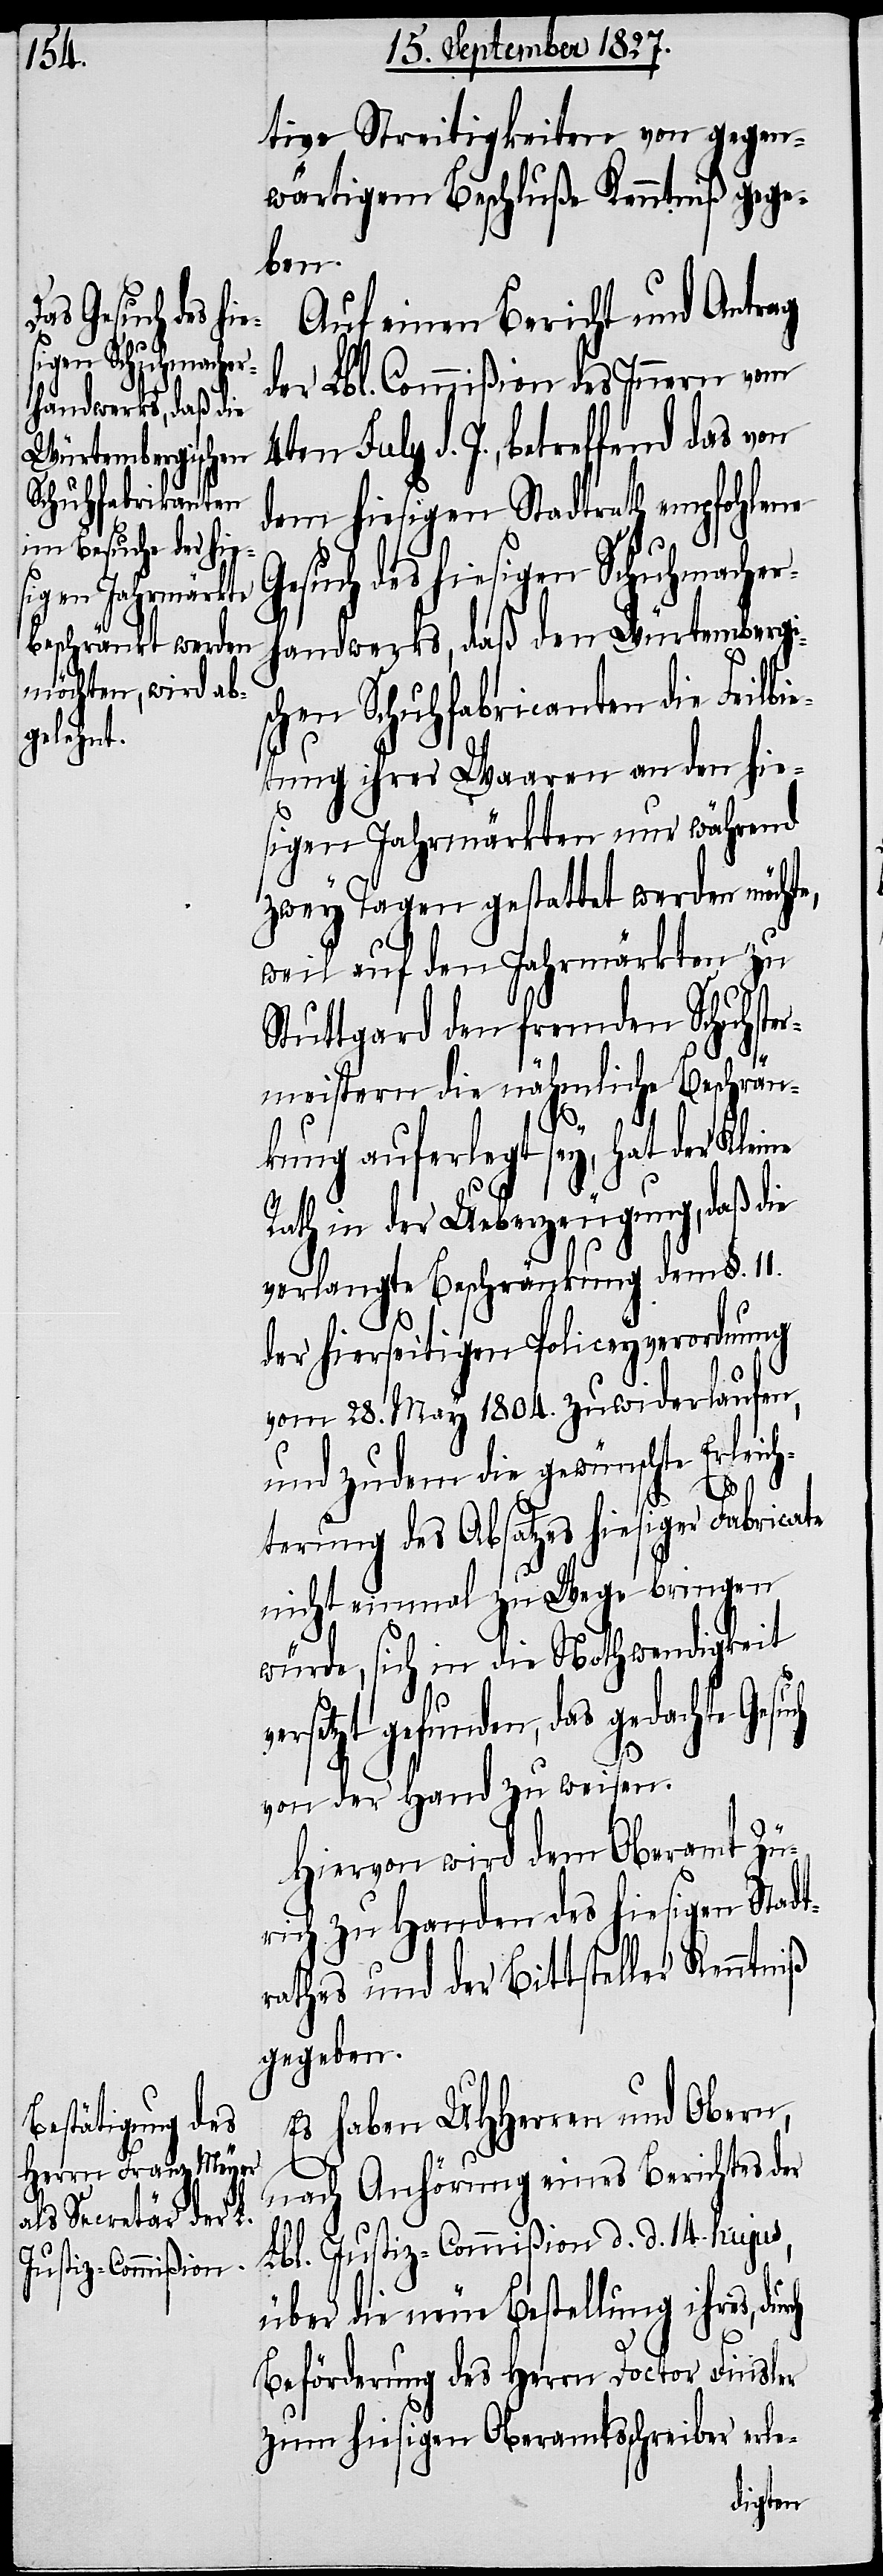
die Nothwen¬

tive Streitigkeiten von gegen¬
wärtigem Beschluße Kenntniß gege¬
ben.
Auf einen Bericht und Antrag
der Lbl. Commißion des Innern vom
July d. J., betreffend das von
dem hiesigen Stadtrath empfohlene
Gesuch des hiesigen Schuhmacher¬
handwerks, daß den Würtembergi¬
R¬
chen Schuhfabrikanten die Feilbi¬
etung ihrer Waaren an den hie¬
sigen Jahrmärkten nur während
zwey Tagen gestattet werden möchte,
weil auf den Jahrmärkten zu
vers¬
Stuttgard den fremden Schuhster¬
meistern die nähmliche Beschrän¬
kung auferlegt sey, hat der Kleine
ath in der Ueberzeugung, daß die
verlangte Beschränkung dem §. 11.
der hierseitigen Policeyverordnung
vom 28. May 1804. zuwiderlaufen,
und zudem die gewünschte Erleich¬
terung des Absatzes hiesiger Fabricate
nicht einmal zu Wege bringen
etzt gefunden, das gedachte
von der Hand zu weisen.
Hiervon wird dem Oberamt Zü¬
rich zu Handen des hiesigen Stadt¬
rathes und der Bittsteller Kenntniß
gegeben.
Es haben UHHerren und Obern,
nach Anhörung eines Berichtes der
Lbl. Justiz-Commißion d. d. 14. hujus,
über die neue Bestellung ihres,
Beförderung des Herrn Doctor Finsler
zum hiesigen Oberamtsschreiber erle-
digkeit